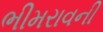
ભીમરાવની